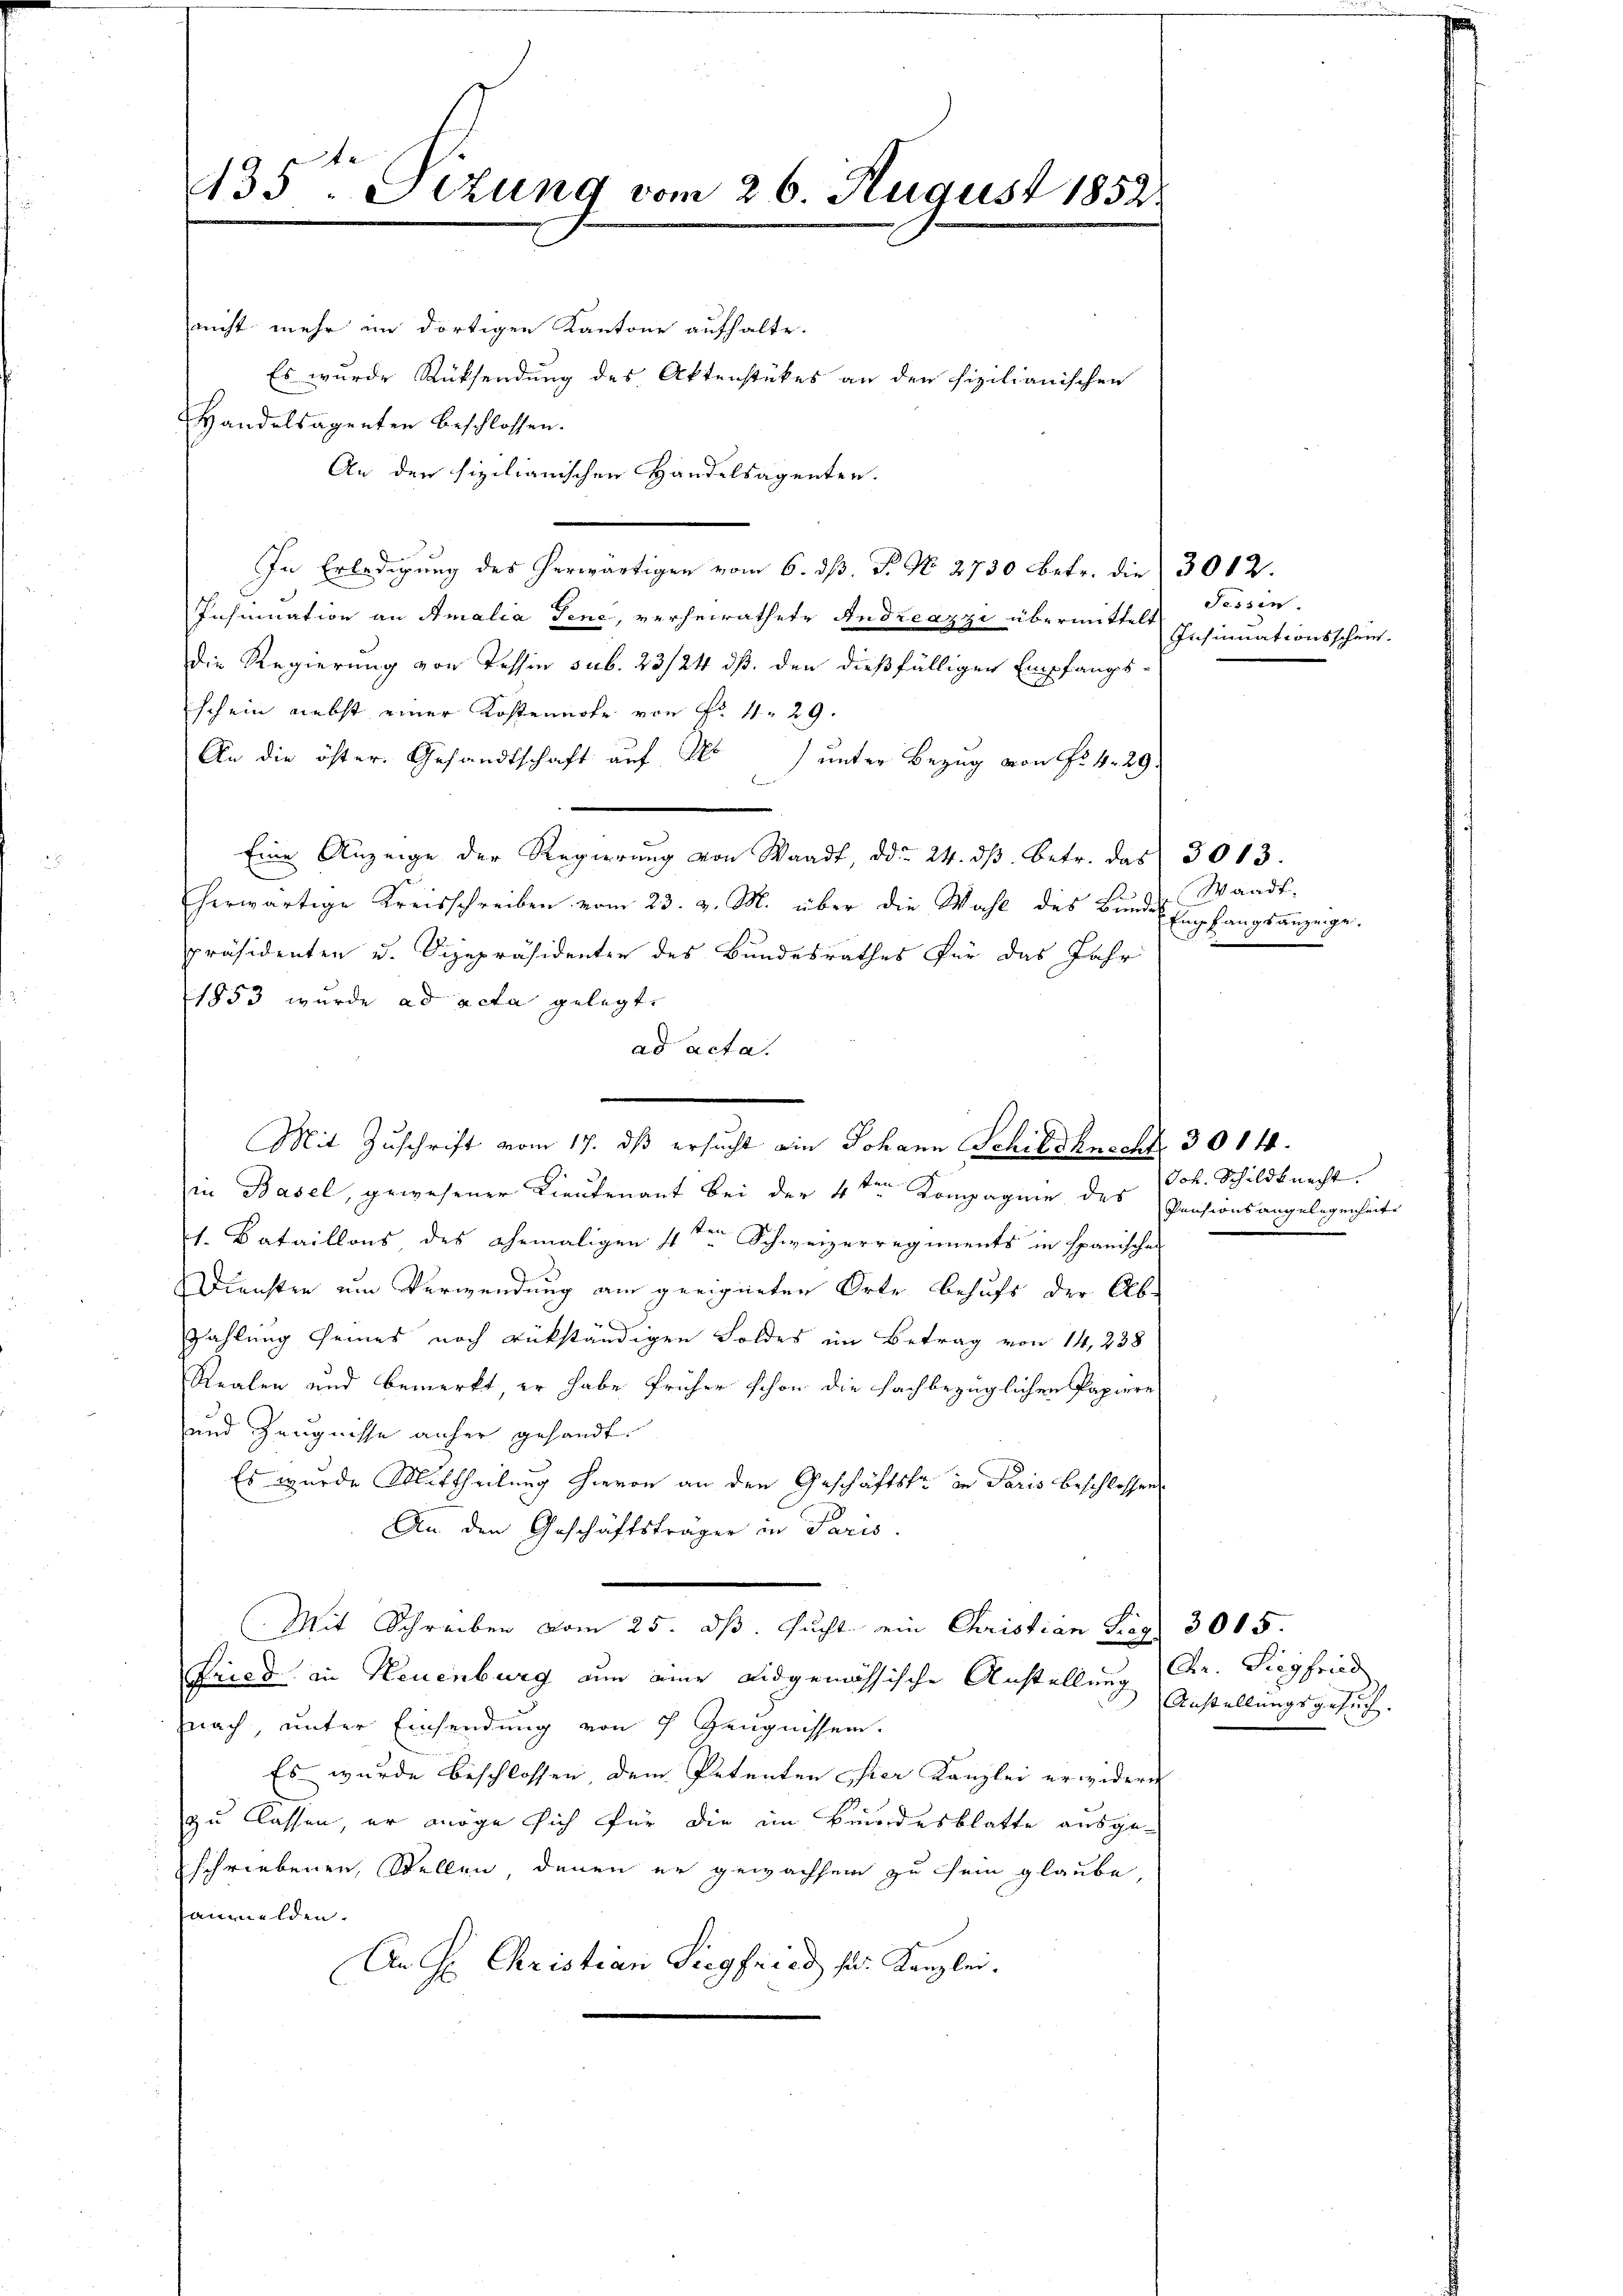
435te Sitzung vom 26. August 1852.

nicht mehr im dortigen Kantone aufhalte.
Es wurde Rücksendung des Aktenstückes an den fizilianischen
Handelsagenten beschlossen:
An den sizilianischen Handelsagenten.
In Erledigung des herwärtigen vom 6. ds. P. Nr. 2730 betr. die 3002.
Inhmination an Amalia Tene, verheirathete Andreazzi übermittelt
die Regierung von Tessin sub. 23/24 dß. den dießfälligen Empfangs-
schein nebst einer Kostennote von Fr. 11. 29.
An die öster Gesandtschaft auf 1) unter Bezug von No 4. 29.
Eine Anzeige der Regierung von Waadt, ddo 24. dβ betr. das 3013.
herwärtige Kreisschreiben vom 23. v. M. über die Wahl des Bunde
präsidenten u. Vizepräsidenten des Bundesrathes für das Jahr
1853 wurde ad acta gelegt.
ad acta.
Mit Zuschrift vom 17. dß ersucht ein Johann Schildknecht 3014.
in Basel, gewesener Lieutenant bei der 4ten Kompagnie des Pensionsangelegenheit
t. Bataillons des ehemaligen 4ten Schweizerregiments in spanischen
Diensten um Verwendung am geeigneten Orte behufs der Abzahlung seines noch rükständigen Foldes im Betrag von 14, 238
Realen und bemerkt, er habe früher schon die fachbezüglichen Papiere
und Zeugnisse anher gesandt.
Es wurde Mittheilung hievon an den Geschäftsfr. in Paris beschlossen
An den Geschäftsträger in Paris.
Mit Schreiben vom 25. dβ. sucht ein Christian Frag 3015.
Fried in Neuenburg um eine ausgenössische Anstellung (Dr. Siegfried
nach, unter Einsendung von 7 Zeugnissen.
Es wurde beschlossen dem Petenten hier Kanzlei erwideren
zu lassen, er möge sich für die im Brindesblatte ausgeschriebenen Stellen, denen er gewachsen zu sein glaube,
anmelden.
An Hr. Christian Siegfried zur Kanzlei.

Sessen.
Insinuationsschein.

Joh. Schildknecht.

Anstellungsgesuch.

Waadt.
Empfangsanzeige.